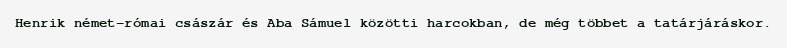
Henrik német-római császár és Aba Sámuel közötti harcokban, de még többet a tatárjáráskor.